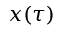
x ( \tau )